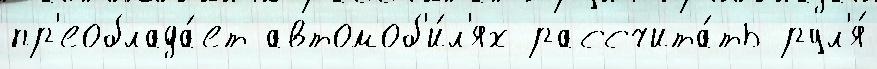
пр'еоблада́ет автомоб'и́л'ях рассчита́ть рул'я́